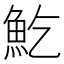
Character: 䰴